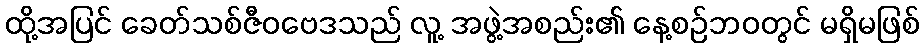
ထို့အပြင် ခေတ်သစ်ဇီဝဗေဒသည် လူ့ အဖွဲ့အစည်း၏ နေ့စဉ်ဘဝတွင် မရှိမဖြစ်